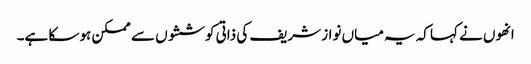
انھوں نے کہا کہ یہ میاں نواز شریف کی ذاتی کوششوں سے ممکن ہو سکا ہے۔